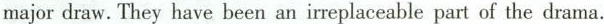
major draw. They have been an irreplaceable part of the drama.